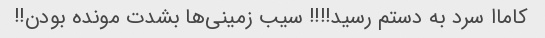
کاماا سرد به دستم رسید!!!! سیب زمینی‌ها بشدت مونده بودن!!